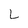
Character: L